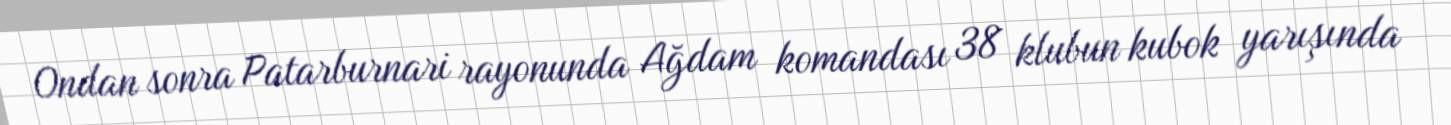
Ondan sonra Patarburnari rayonunda Ağdam komandası 38 klubun kubok yarışında